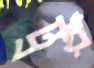
ট্রয়